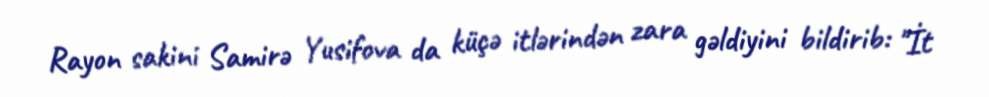
Rayon sakini Samirə Yusifova da küçə itlərindən zara gəldiyini bildirib: "İt